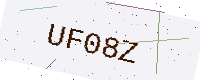
Text: UF08Z